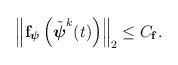
LaTeX: \begin{align*}\begin{aligned}\left\| \mathbf{f}_{ \boldsymbol{\psi}}\left(\tilde{\boldsymbol{\psi}}^k(t)\right) \right\|_2 \le C_{\mathbf{f}}.\end{aligned}\end{align*}